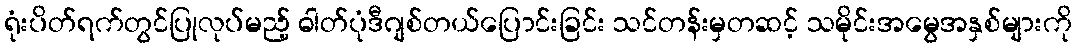
ရုံးပိတ်ရက်တွင်ပြုလုပ်မည့် ဓါတ်ပုံဒီဂျစ်တယ်ပြောင်းခြင်း သင်တန်းမှတဆင့် သမိုင်းအမွေအနှစ်များကို